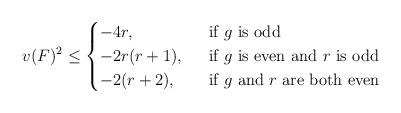
LaTeX: \begin{align*}v(F)^2\leq \begin{cases} -4r,& \ \mbox{ if } g\mbox{ is odd}\\ -2r(r+1),& \ \mbox{ if } g \mbox{ is even and } r \mbox{ is odd}\\ -2(r+2),& \ \mbox{ if } g \mbox{ and } r \mbox{ are both even} \end{cases}\end{align*}